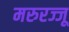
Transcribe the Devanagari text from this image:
मरुरज्जू